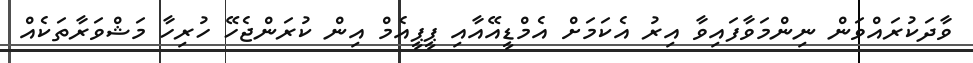
ވާދަކުރައްވަން ނިންމަވާފައިވާ އިރު އެކަމަށް އެމްޑީއޭއާއި ޕީޕީއެމް އިން ކުރަންޖެހޭ ހުރިހާ މަޝްވަރާތަކެއް